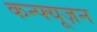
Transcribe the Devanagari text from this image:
कन्फ्यूज़न